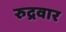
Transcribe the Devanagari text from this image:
रुद्रवार